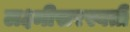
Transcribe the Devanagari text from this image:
लक्ष्मीसरस्वती